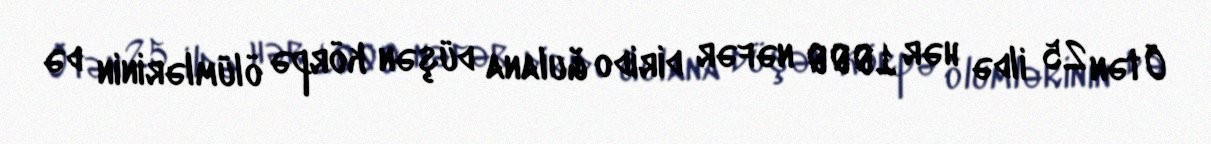
Ötən 25 ildə hər 1000 nəfər dirido ğulana düşən körpə ölümlərinin də